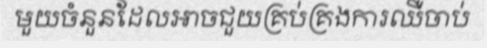
មួយចំនួនដែលអាចជួយគ្រប់គ្រងការឈឺចាប់